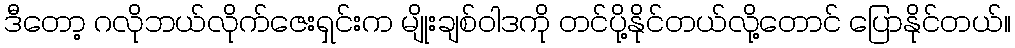
ဒီတော့ ဂလိုဘယ်လိုက်ဇေးရှင်းက မျိုးချစ်ဝါဒကို တင်ပို့နိုင်တယ်လို့တောင် ပြောနိုင်တယ်။